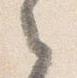
之